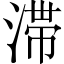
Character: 滞